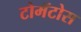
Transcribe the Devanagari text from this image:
टोमॅटोस